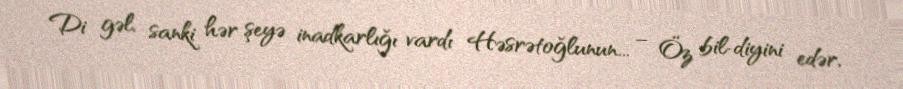
Di gəl, sanki hər şeyə inadkarlığı vardı Həsrətoğlunun... – Öz bil­diyini edər,